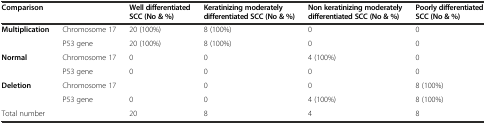
| <COLSPAN=2> Comparison | Well differentiated SCC (No & %) | Keratinizing moderately differentiated SCC (No & %) | Non keratinizing moderately differentiated SCC (No & %) | Poorly differentiated SCC (No & %) |
 | --- | --- | --- | --- | --- | --- |
 | <ROWSPAN=2> Multiplication | Chromosome 17 | 20 (100%) | 8 (100%) | 0 | 0 |
 | P53 gene | 20 (100%) | 8 (100%) | 0 | 0 |
 | <ROWSPAN=2> Normal | Chromosome 17 | 0 | 0 | 4 (100%) | 0 |
 | P53 gene | 0 | 0 | 0 | 0 |
 | <ROWSPAN=2> Deletion | Chromosome 17 |  | 0 | 0 | 8 (100%) |
 | P53 gene | 0 | 0 | 4 (100%) | 8 (100%) |
 | <COLSPAN=2> Total number | 20 | 8 | 4 | 8 |